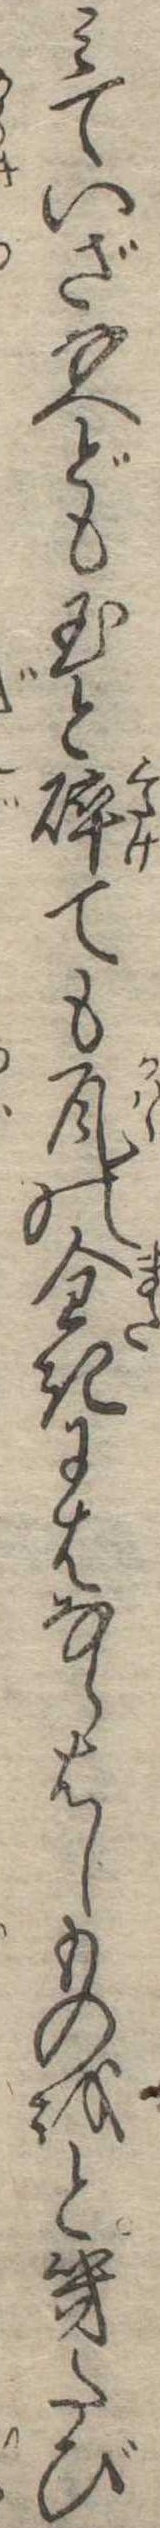
みていざなへども玉と砕ても瓦の全きにはならはしものをと幾たび